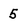
Character: 5